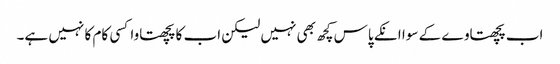
اب پچھتاوے کے سوا انکے پاس کچھ بھی نہیں لیکن اب کا پچھتاوا کسی کام کا نہیں ہے۔